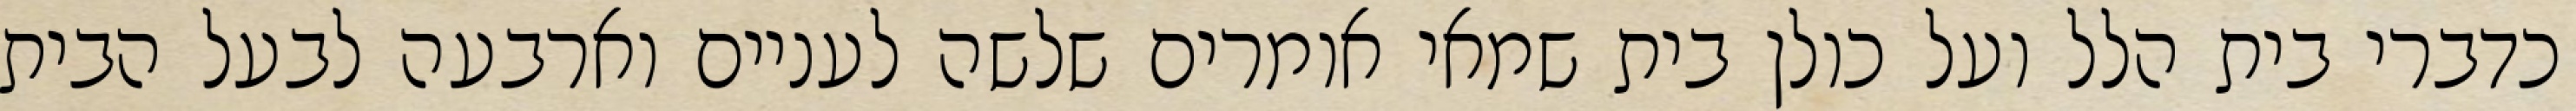
כדברי בית הלל ועל כולן בית שמאי אומרים שלשה לעניים וארבעה לבעל הבית